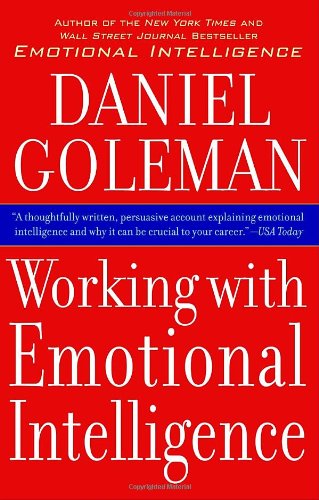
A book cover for Working with Emotional Intelligence; Daniel Goleman; Health, Fitness & Dieting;